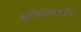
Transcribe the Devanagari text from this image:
व्यक्तिचित्रांखेरीज